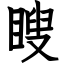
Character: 瞍